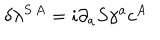
LaTeX: \delta \lambda ^ { S \, A } = i \partial _ { a } S \gamma ^ { a } c ^ { A }